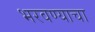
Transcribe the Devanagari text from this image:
भरवण्याचा